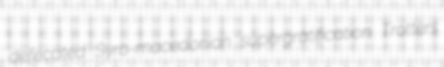
defecated Syro-macedonian supergratification Trotters